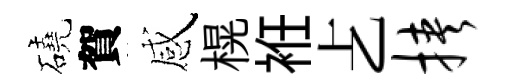
磽賀感榥袵𠧒挟